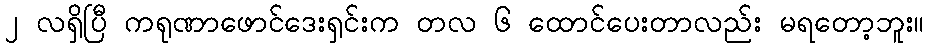
၂ လရှိပြီ ကရုဏာဖောင်ဒေးရှင်းက တလ ၆ ထောင်ပေးတာလည်း မရတော့ဘူး။